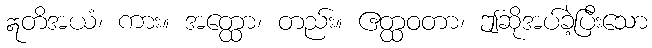
ဣတိအယံ၊ ကား။ အတ္ထော၊ တည်း။ ဧတ္ထဝတာ၊ ဤဆိုအပ်ခဲ့ပြီးသော